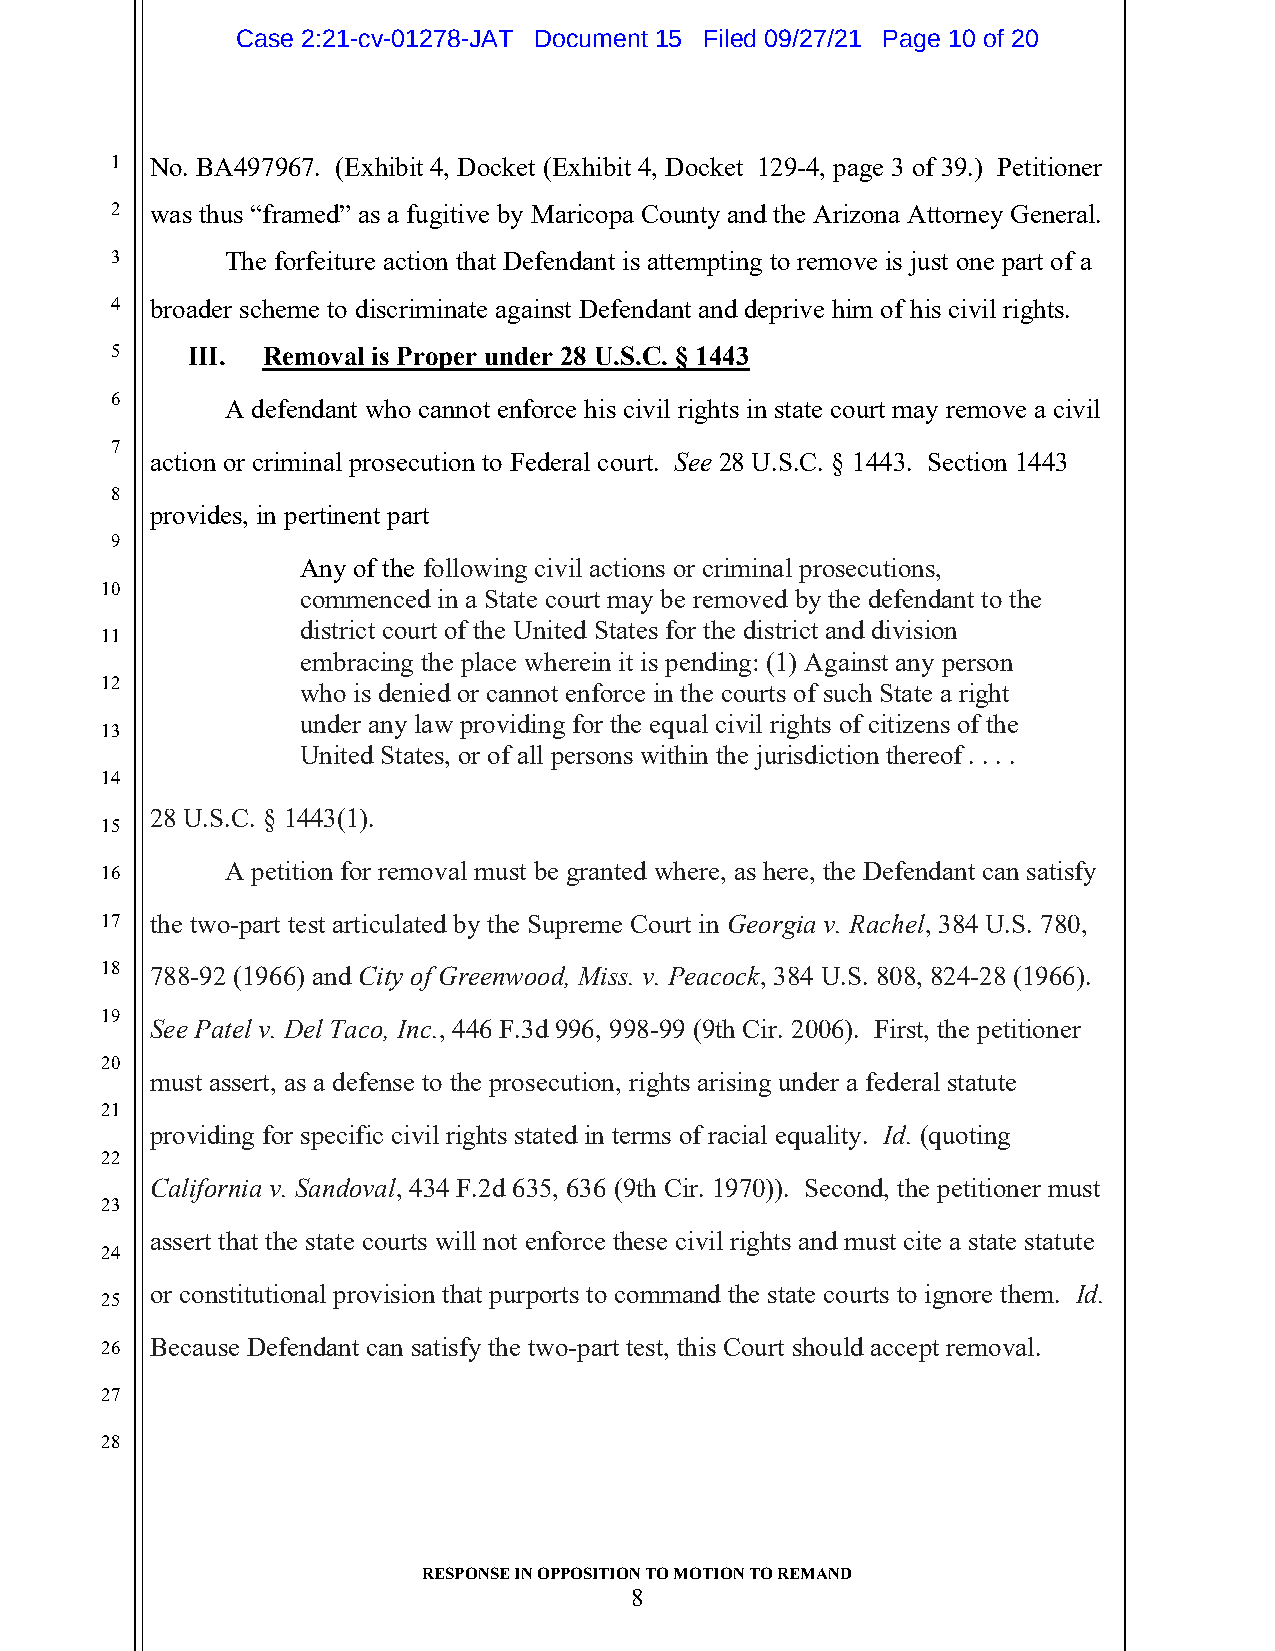
Case 2:21-cv-01278-JAT Document 15 Filed 09/27/21 Page 10 of 20
 1  No. BA497967. (Exhibit 4, Docket (Exhibit 4, Docket 129-4, page 3 of 39.) Petitioner
 2  was thus “framed” as a fugitive by Maricopa County and the Arizona Attorney General.
 3       The forfeiture action that Defendant is attempting to remove is just one part of a
 4  broader scheme to discriminate against Defendant and deprive him of his civil rights.
 5    III. Removal is Proper under 28 U.S.C. § 1443
 6
 A defendant who cannot enforce his civil rights in state court may remove a civil
 7
 action or criminal prosecution to Federal court. See 28 U.S.C. § 1443. Section 1443
 8
 provides, in pertinent part
 9
 Any of the following civil actions or criminal prosecutions,
 10
 commenced in a State court may be removed by the defendant to the
 district court of the United States for the district and division
 11
 embracing the place wherein it is pending: (1) Against any person
 12           who is denied or cannot enforce in the courts of such State a right
 under any law providing for the equal civil rights of citizens of the
 13
 United States, or of all persons within the jurisdiction thereof . . . .
 14
 28 U.S.C. § 1443(1).
 15
 16      A petition for removal must be granted where, as here, the Defendant can satisfy
 17 the two-part test articulated by the Supreme Court in Georgia v. Rachel, 384 U.S. 780,
 18 788-92 (1966) and City of Greenwood, Miss. v. Peacock, 384 U.S. 808, 824-28 (1966).
 19
 See Patel v. Del Taco, Inc., 446 F.3d 996, 998-99 (9th Cir. 2006). First, the petitioner
 20
 must assert, as a defense to the prosecution, rights arising under a federal statute
 21
 providing for specific civil rights stated in terms of racial equality. Id. (quoting
 22
 California v. Sandoval, 434 F.2d 635, 636 (9th Cir. 1970)). Second, the petitioner must
 23
 assert that the state courts will not enforce these civil rights and must cite a state statute
 24
 or constitutional provision that purports to command the state courts to ignore them. Id.
 25
 26 Because Defendant can satisfy the two-part test, this Court should accept removal.
 27
 28
 RESPONSE IN OPPOSITION TO MOTION TO REMAND
 8